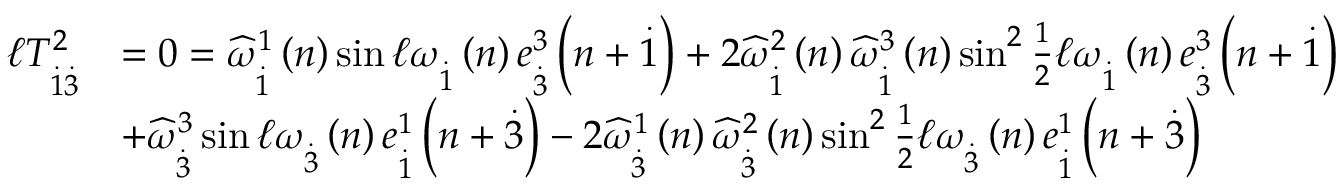
\begin{array} { r l } { \mathcal { \ell } T _ { \overset { . } { 1 } \overset { . } { 3 } } ^ { 2 } } & { = 0 = \widehat { \omega } _ { \overset { . } { 1 } } ^ { 1 } \left( n \right) \sin \mathcal { \ell } \omega _ { \overset { . } { 1 } } \left( n \right) e _ { \overset { . } { 3 } } ^ { 3 } \left( n + \overset { . } { 1 } \right) + 2 \widehat { \omega } _ { \overset { . } { 1 } } ^ { 2 } \left( n \right) \widehat { \omega } _ { \overset { . } { 1 } } ^ { 3 } \left( n \right) \sin ^ { 2 } \frac { 1 } { 2 } \mathcal { \ell } \omega _ { \overset { . } { 1 } } \left( n \right) e _ { \overset { . } { 3 } } ^ { 3 } \left( n + \overset { . } { 1 } \right) } \\ & { + \widehat { \omega } _ { \overset { . } { 3 } } ^ { 3 } \sin \mathcal { \ell } \omega _ { \overset { . } { 3 } } \left( n \right) e _ { \overset { . } { 1 } } ^ { 1 } \left( n + \overset { . } { 3 } \right) - 2 \widehat { \omega } _ { \overset { . } { 3 } } ^ { 1 } \left( n \right) \widehat { \omega } _ { \overset { . } { 3 } } ^ { 2 } \left( n \right) \sin ^ { 2 } \frac { 1 } { 2 } \mathcal { \ell } \omega _ { \overset { . } { 3 } } \left( n \right) e _ { \overset { . } { 1 } } ^ { 1 } \left( n + \overset { . } { 3 } \right) } \end{array}